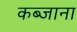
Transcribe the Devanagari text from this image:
कब्जाना